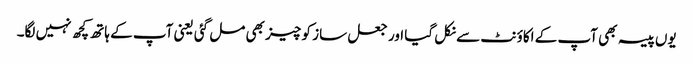
یوں پیسہ بھی آپ کے اکاؤنٹ سے نکل گیا اور جعل ساز کو چیز بھی مل گئی یعنی آپ کے ہاتھ کچھ نہیں لگا۔